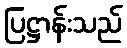
ပြဋ္ဌာန်းသည်